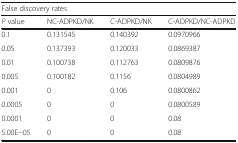
<table><thead><tr><td colspan="4"><b>False discovery rates</b></td></tr><tr><td><b><i>P</i> value</b></td><td><b>NC-ADPKD/NK</b></td><td><b>C-ADPKD/NK</b></td><td><b>C-ADPKD/NC-ADPKD</b></td></tr></thead><tbody><tr><td>0.1</td><td>0.131545</td><td>0.140392</td><td>0.0970966</td></tr><tr><td>0.05</td><td>0.137393</td><td>0.120033</td><td>0.0869387</td></tr><tr><td>0.01</td><td>0.100738</td><td>0.112763</td><td>0.0809876</td></tr><tr><td>0.005</td><td>0.100182</td><td>0.1156</td><td>0.0804989</td></tr><tr><td>0.001</td><td>0</td><td>0.106</td><td>0.0800862</td></tr><tr><td>0.0005</td><td>0</td><td>0</td><td>0.0800589</td></tr><tr><td>0.0001</td><td>0</td><td>0</td><td>0.08</td></tr><tr><td>5.00E−05</td><td>0</td><td>0</td><td>0.08</td></tr></tbody></table>